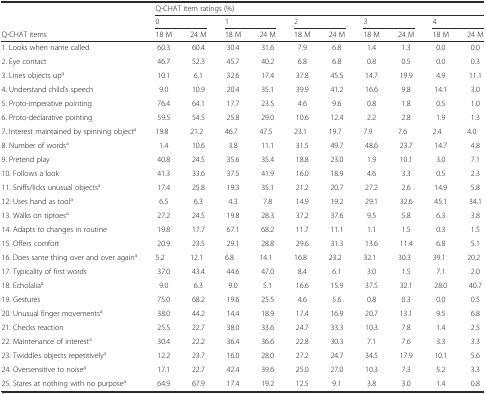
<table><thead><tr><td></td><td colspan="10"><b>Q-CHAT item ratings (%)</b></td></tr><tr><td></td><td colspan="2"><b>0</b></td><td colspan="2"><b>1</b></td><td colspan="2"><b>2</b></td><td colspan="2"><b>3</b></td><td colspan="2"><b>4</b></td></tr><tr><td><b>Q-CHAT items</b></td><td><b>18 M</b></td><td><b>24 M</b></td><td><b>18 M</b></td><td><b>24 M</b></td><td><b>18 M</b></td><td><b>24 M</b></td><td><b>18 M</b></td><td><b>24 M</b></td><td><b>18 M</b></td><td><b>24 M</b></td></tr></thead><tbody><tr><td>1. Looks when name called</td><td>60.3</td><td>60.4</td><td>30.4</td><td>31.6</td><td>7.9</td><td>6.8</td><td>1.4</td><td>1.3</td><td>0.0</td><td>0.0</td></tr><tr><td>2. Eye contact</td><td>46.7</td><td>52.3</td><td>45.7</td><td>40.2</td><td>6.8</td><td>6.8</td><td>0.8</td><td>0.5</td><td>0.0</td><td>0.3</td></tr><tr><td>3. Lines objects up<sup>a</sup></td><td>10.1</td><td>6.1</td><td>32.6</td><td>17.4</td><td>37.8</td><td>45.5</td><td>14.7</td><td>19.9</td><td>4.9</td><td>11.1</td></tr><tr><td>4. Understand child’s speech</td><td>9.0</td><td>10.9</td><td>20.4</td><td>35.1</td><td>39.9</td><td>41.2</td><td>16.6</td><td>9.8</td><td>14.1</td><td>3.0</td></tr><tr><td>5. Proto-imperative pointing</td><td>76.4</td><td>64.1</td><td>17.7</td><td>23.5</td><td>4.6</td><td>9.6</td><td>0.8</td><td>1.8</td><td>0.5</td><td>1.0</td></tr><tr><td>6. Proto-declarative pointing</td><td>59.5</td><td>54.5</td><td>25.8</td><td>29.0</td><td>10.6</td><td>12.4</td><td>2.2</td><td>2.8</td><td>1.9</td><td>1.3</td></tr><tr><td>7. Interest maintained by spinning object<sup>a</sup></td><td>19.8</td><td>21.2</td><td>46.7</td><td>47.5</td><td>23.1</td><td>19.7</td><td>7.9</td><td>7.6</td><td>2.4</td><td>4.0</td></tr><tr><td>8. Number of words<sup>a</sup></td><td>1.4</td><td>10.6</td><td>3.8</td><td>11.1</td><td>31.5</td><td>49.7</td><td>48.6</td><td>23.7</td><td>14.7</td><td>4.8</td></tr><tr><td>9. Pretend play</td><td>40.8</td><td>24.5</td><td>35.6</td><td>35.4</td><td>18.8</td><td>23.0</td><td>1.9</td><td>10.1</td><td>3.0</td><td>7.1</td></tr><tr><td>10. Follows a look</td><td>41.3</td><td>33.6</td><td>37.5</td><td>41.9</td><td>16.0</td><td>18.9</td><td>4.6</td><td>3.3</td><td>0.5</td><td>2.3</td></tr><tr><td>11. Sniffs/licks unusual objects<sup>a</sup></td><td>17.4</td><td>25.8</td><td>19.3</td><td>35.1</td><td>21.2</td><td>20.7</td><td>27.2</td><td>2.6</td><td>14.9</td><td>5.8</td></tr><tr><td>12. Uses hand as tool<sup>a</sup></td><td>6.5</td><td>6.3</td><td>4.3</td><td>7.8</td><td>14.9</td><td>19.2</td><td>29.1</td><td>32.6</td><td>45.1</td><td>34.1</td></tr><tr><td>13. Walks on tiptoes<sup>a</sup></td><td>27.2</td><td>24.5</td><td>19.8</td><td>28.3</td><td>37.2</td><td>37.6</td><td>9.5</td><td>5.8</td><td>6.3</td><td>3.8</td></tr><tr><td>14. Adapts to changes in routine</td><td>19.8</td><td>17.7</td><td>67.1</td><td>68.2</td><td>11.7</td><td>11.1</td><td>1.1</td><td>1.5</td><td>0.3</td><td>1.5</td></tr><tr><td>15. Offers comfort</td><td>20.9</td><td>23.5</td><td>29.1</td><td>28.8</td><td>29.6</td><td>31.3</td><td>13.6</td><td>11.4</td><td>6.8</td><td>5.1</td></tr><tr><td>16. Does same thing over and over again<sup>a</sup></td><td>5.2</td><td>12.1</td><td>6.8</td><td>14.1</td><td>16.8</td><td>23.2</td><td>32.1</td><td>30.3</td><td>39.1</td><td>20.2</td></tr><tr><td>17. Typicality of first words</td><td>37.0</td><td>43.4</td><td>44.6</td><td>47.0</td><td>8.4</td><td>6.1</td><td>3.0</td><td>1.5</td><td>7.1</td><td>2.0</td></tr><tr><td>18. Echolalia<sup>a</sup></td><td>9.0</td><td>6.3</td><td>9.0</td><td>5.1</td><td>16.6</td><td>15.9</td><td>37.5</td><td>32.1</td><td>28.0</td><td>40.7</td></tr><tr><td>19. Gestures</td><td>75.0</td><td>68.2</td><td>19.6</td><td>25.5</td><td>4.6</td><td>5.6</td><td>0.8</td><td>0.3</td><td>0.0</td><td>0.5</td></tr><tr><td>20. Unusual finger movements<sup>a</sup></td><td>38.0</td><td>44.2</td><td>14.4</td><td>18.9</td><td>17.4</td><td>16.9</td><td>20.7</td><td>13.1</td><td>9.5</td><td>6.8</td></tr><tr><td>21. Checks reaction</td><td>25.5</td><td>22.7</td><td>38.0</td><td>33.6</td><td>24.7</td><td>33.3</td><td>10.3</td><td>7.8</td><td>1.4</td><td>2.5</td></tr><tr><td>22. Maintenance of interest<sup>a</sup></td><td>30.4</td><td>22.2</td><td>36.4</td><td>36.6</td><td>22.8</td><td>30.3</td><td>7.1</td><td>7.6</td><td>3.3</td><td>3.3</td></tr><tr><td>23. Twiddles objects repetitively<sup>a</sup></td><td>12.2</td><td>23.7</td><td>16.0</td><td>28.0</td><td>27.2</td><td>24.7</td><td>34.5</td><td>17.9</td><td>10.1</td><td>5.6</td></tr><tr><td>24. Oversensitive to noise<sup>a</sup></td><td>17.1</td><td>22.7</td><td>42.4</td><td>39.6</td><td>25.0</td><td>27.0</td><td>10.3</td><td>7.3</td><td>5.2</td><td>3.3</td></tr><tr><td>25. Stares at nothing with no purpose<sup>a</sup></td><td>64.9</td><td>67.9</td><td>17.4</td><td>19.2</td><td>12.5</td><td>9.1</td><td>3.8</td><td>3.0</td><td>1.4</td><td>0.8</td></tr></tbody></table>